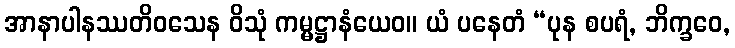
အာနာပါနဿတိဝသေန ဝိသုံ ကမ္မဋ္ဌာနံယေဝ။ ယံ ပနေတံ “ပုန စပရံ, ဘိက္ခဝေ,